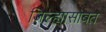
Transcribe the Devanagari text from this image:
जिल्ह्यासोबत